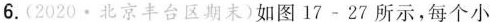
6.(2020·北京丰台区期末)如图17-27所示，每个小